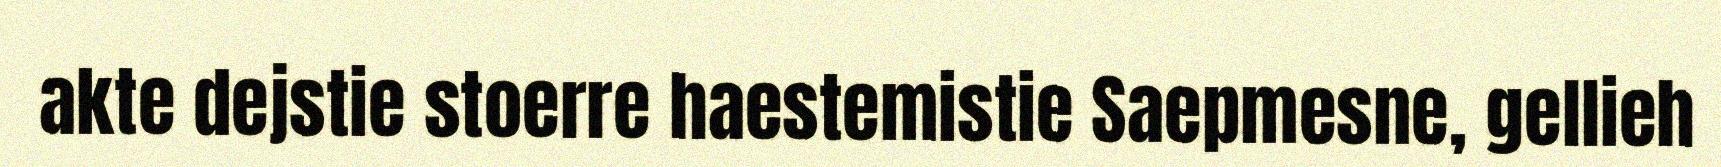
akte dejstie stoerre haestemistie Saepmesne, gellieh